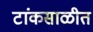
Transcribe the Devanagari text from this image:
टांकसाळीत